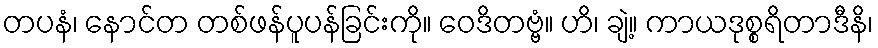
တပနံ၊ နောင်တ တစ်ဖန်ပူပန်ခြင်းကို။ ဝေဒိတဗ္ဗံ။ ဟိ၊ ချဲ့။ ကာယဒုစ္စရိတာဒီနိ၊